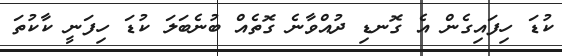
ކުޑަ ހިފައިގެން އެ ގޮނޑި ދުއްވާނެ ގޮތެއް ބުނެބަލަ ކުޑަ ހިފަނީ ކާކުތަ